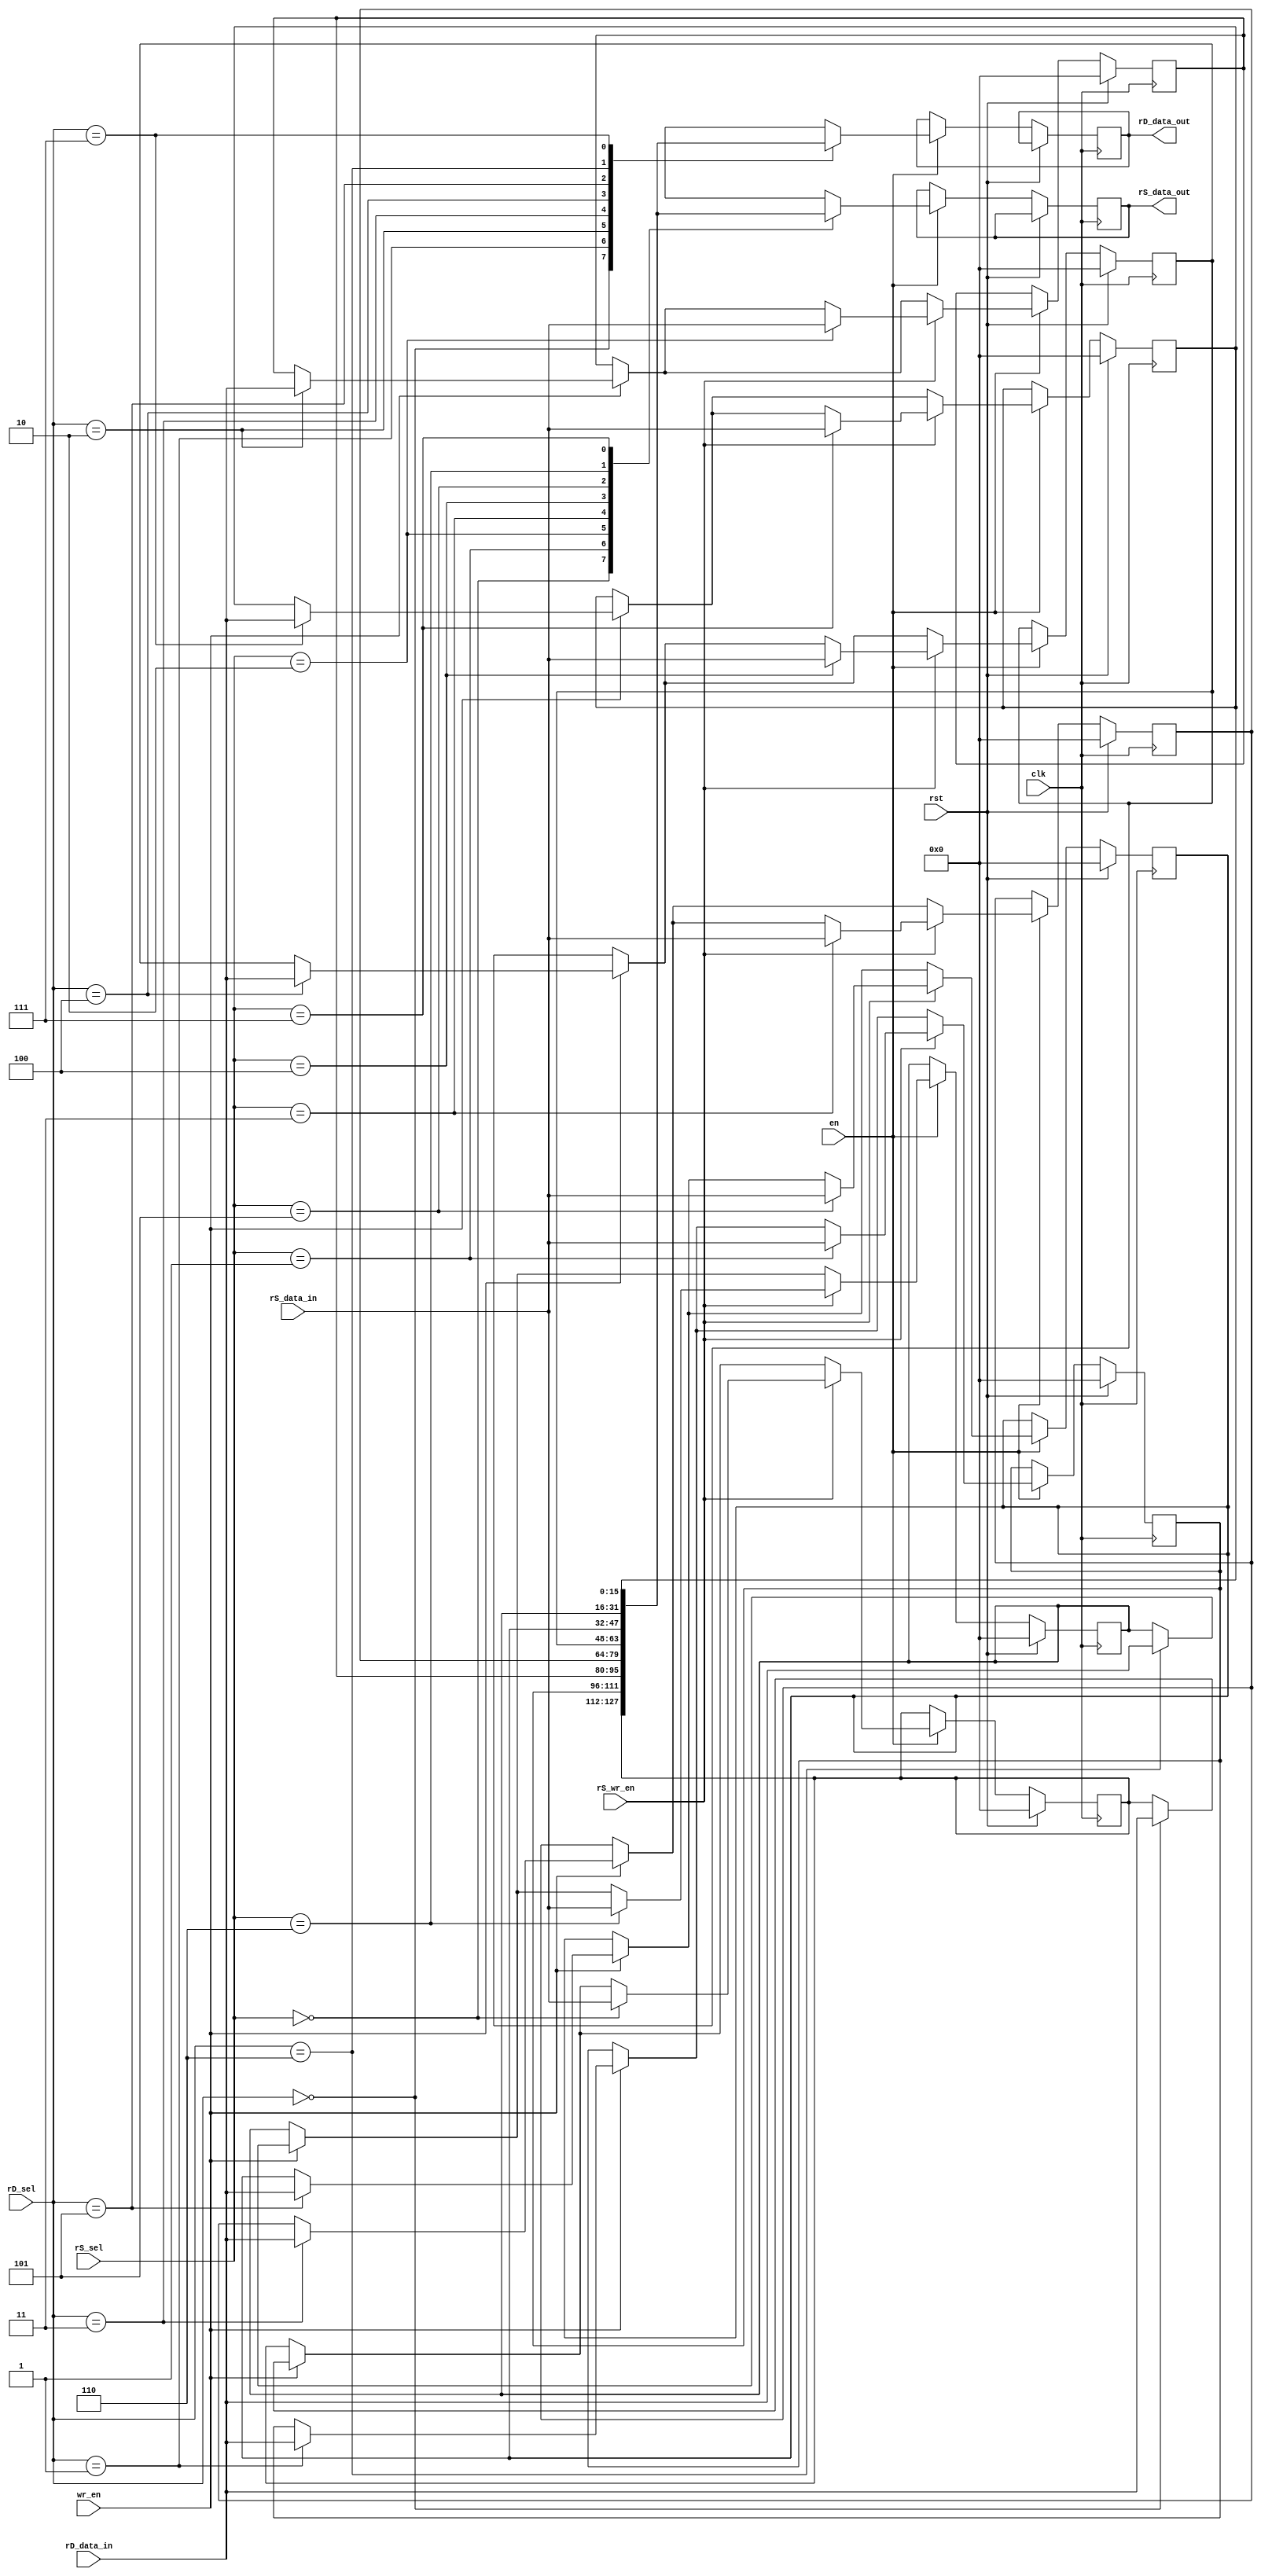
module register_unit(
    input  clk,
    input  en,
    input  rst,
    input  wr_en,
    input  rS_wr_en,
    input  [2:0] rD_sel,
    input  [2:0] rS_sel,
    input  [15:0] rD_data_in,
    output [15:0] rD_data_out,
    input  [15:0] rS_data_in,
    output [15:0] rS_data_out);
    reg [15:0] registers[0:7];
    integer i;
    initial
        for(i=0;i<8;i=i+1)
            registers[i] = 0;
    reg [15:0] rD_data;
    reg [15:0] rS_data;

    assign rD_data_out = rD_data;
    assign rS_data_out = rS_data;
always @(posedge clk)
    if(rst == 1)
        for(i=0;i<8;i=i+1)
            registers[i] = 0;
    else if(en == 1) begin
        rD_data = registers[rD_sel];
        rS_data = registers[rS_sel];
        if (wr_en == 1) 
            registers[rD_sel] <= rD_data_in;
        if (rS_wr_en == 1)
            registers[rS_sel] <= rS_data_in;
    end
endmodule